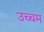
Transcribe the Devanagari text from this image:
उच्चम